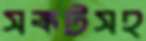
সঙ্কটসহ